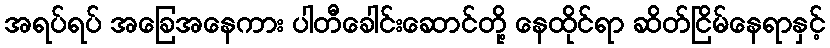
အရပ်ရပ် အခြေအနေကား ပါတီခေါင်းဆောင်တို့ နေထိုင်ရာ ဆိတ်ငြိမ်နေရာနှင့်